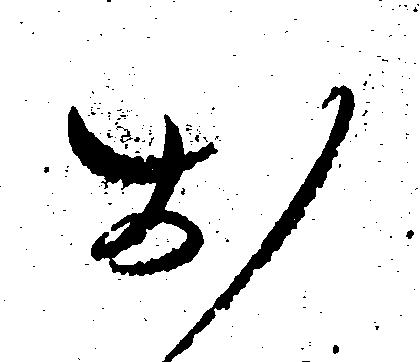
お